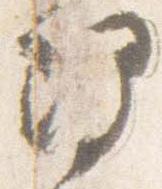
理